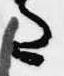
た